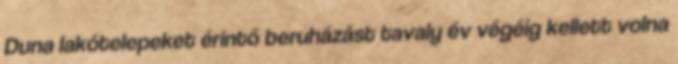
Duna lakótelepeket érintő beruházást tavaly év végéig kellett volna